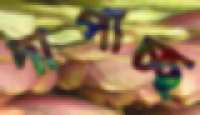
দাপাচ্ছ